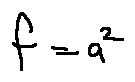
f = a ^ { 2 }